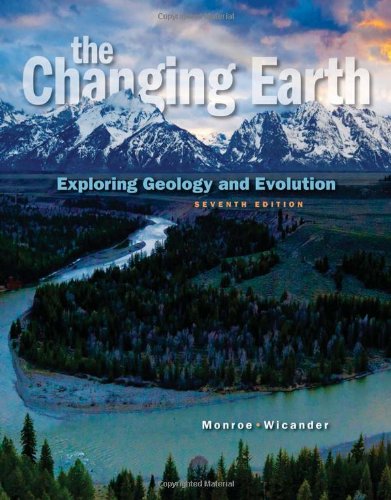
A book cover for The Changing Earth: Exploring Geology and Evolution, 7th Edition; James S. Monroe; Science & Math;